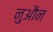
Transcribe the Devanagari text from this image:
नुऔन